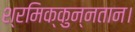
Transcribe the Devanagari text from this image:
श्रमिक्कुन्नतान।